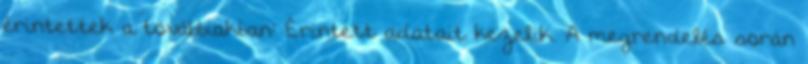
érintettek a továbbiakban: Érintett adatait kezelik. A megrendelés során